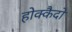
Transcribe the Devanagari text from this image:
होक्कैदो